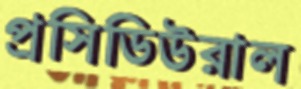
প্রসিডিউরাল